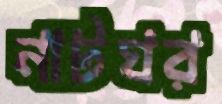
নাটঘর